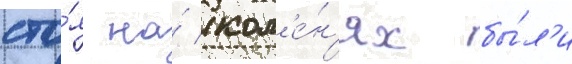
сто́я на́ кол'е́н'ях бы́л'и